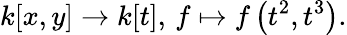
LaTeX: k[x,y]\to k[t],\, f\mapsto f\left(t^{2},t^{3}\right).